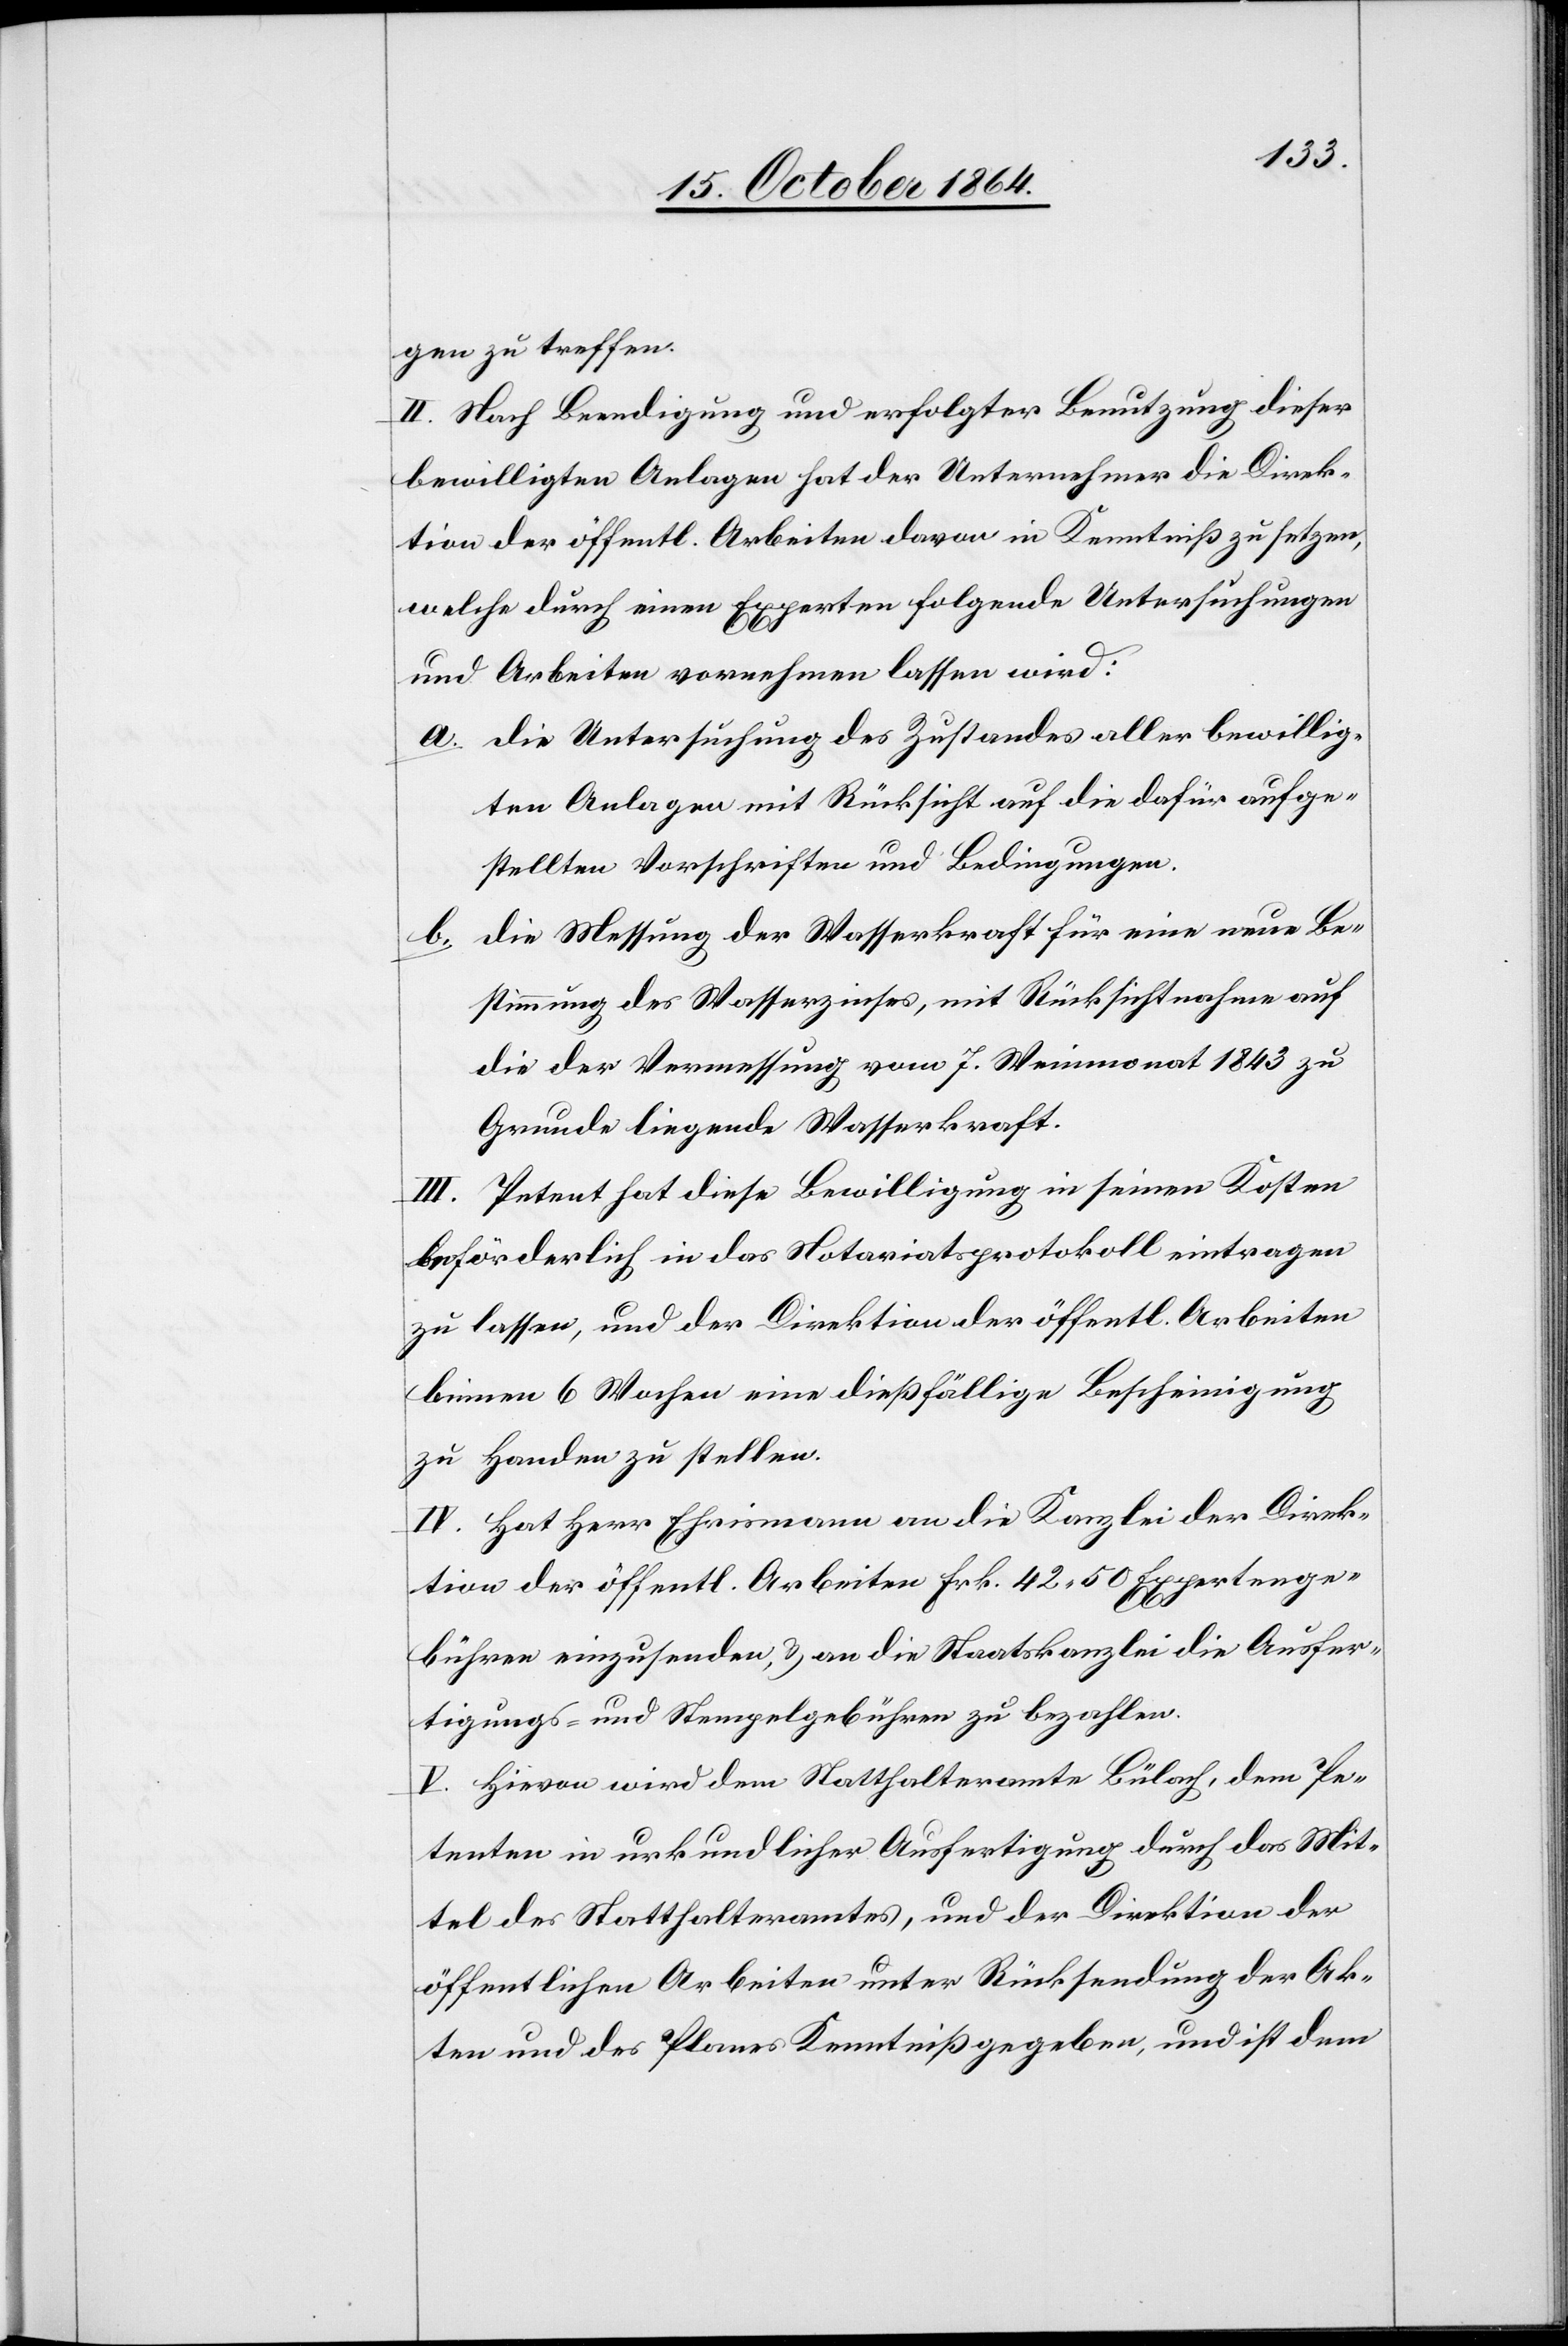
gen zu treffen.
II. Nach Beendigung und erfolgter Benutzung dieser
bewilligten Anlagen hat der Unternehmer die Direk¬
tion der öffentlichen Arbeiten davon in Kenntniß zu setzen,
welche durch einen Experten folgende Untersuchungen
und Arbeiten vornehmen lassen wird:
a. Die Untersuchung des Zustandes aller bewillig¬
ten Anlagen mit Rücksicht auf die dafür aufge¬
stellten Vorschriften und Bedingungen.
Die Messung der Wasserkraft für eine neue Be¬
b.
stimmung des Wasserzinses, mit Rücksichtnahme auf
die der Vermessung vom 7. Weinmonat 1843 zu
Grunde liegende Wasserkraft.
Petent hat diese Bewilligung in seinen Kosten
beförderlich in das Notariatsprotokoll eintragen
zu lassen, und der Direktion der öffentl. Arbeiten
binnen 6 Wochen eine dießfällige Bescheinigung
zu Handen zu stellen.
IV. Hat Herr Ehrismann an die Kanzlei der Direk¬
tion der öffentl. Arbeiten Frk. 42.50 Expertenge¬
bühren einzusenden, & an die Staatskanzlei die Ausfer¬
tigungs- & Stempelgebühren zu bezahlen.
V. Hievon wird dem Statthalteramte Bülach, dem Pe¬
tenten in urkundlicher Ausfertigung durch das Mit¬
tel des Statthalteramtes, und der Direktion der
öffentlichen Arbeiten unter Rücksendung der Ak¬
ten und des Planes Kenntniß gegeben, und ist dem